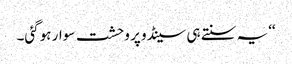
‘‘یہ سنتے ہی سینڈو پر وحشت سوار ہوگئی۔